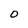
Character: 0